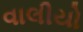
વાલીયો